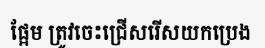
ផ្អែម ត្រូវចេះជ្រើសរើសយកប្រេង